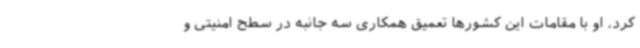
کرد، او با مقامات این کشورها تعمیق همکاری سه جانبه در سطح امنیتی و